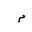
Letter: _mim